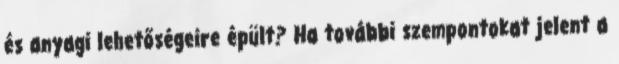
és anyagi lehetőségeire épült? Ha további szempontokat jelent a